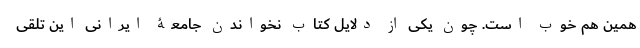
همین هم خوب است. چون یکی از دلایل کتاب نخواندن جامعۀ ایرانی این تلقی